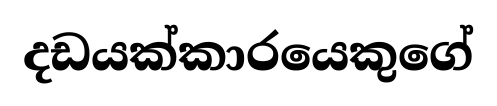
දඩයක්කාරයෙකුගේ